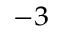
^ { - 3 }